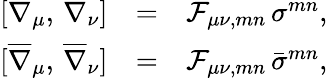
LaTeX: \begin{array}{rcl}{{[\nabla_{\mu},\, \nabla_{\nu}]}}&{{=}}&{{{\cal F}_{\mu\nu,mn}\, \sigma^{mn},}}\\ {{[\overline{{\nabla}}_{\mu},\, \overline{{\nabla}}_{\nu}]}}&{{=}}&{{{\cal F}_{\mu\nu,mn}\, \bar{\sigma}^{mn},}}\end{array}